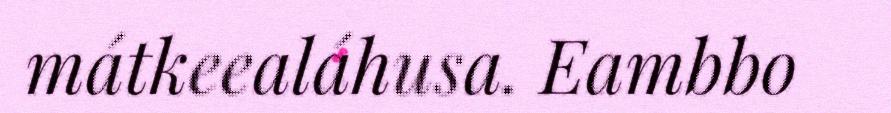
mátkeealáhusa. Eambbo